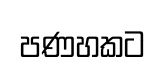
පණහකට